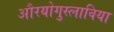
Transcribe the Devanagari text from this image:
औरयोगुस्लाविया